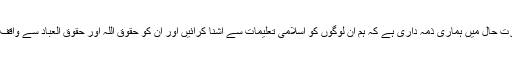
اس صورت حال میں ہماری ذمہ داری ہے کہ ہم ان لوگوں کو اسلامی تعلیمات سے آشنا کرائیں اور ان کو حقوق اللہ اور حقوق العباد سے واقف کرائیں ۔